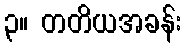
၃။ တတိယအခန်း